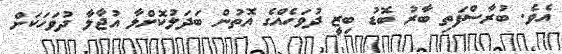
އެވެ. ބުރާސްފަތި ބާރު ބޮޑު ބިޒީ ދުވަހެއްގެ އޮތުން ބަދަލުކޮށްލާ އުޖާލާ ދުވަހަކަށް